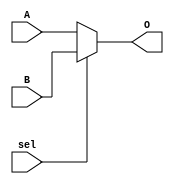
`timescale 1ns / 1ps

module MUX2_1(
    A,
    B,
    sel,
    O
    );
    parameter N = 32;

    input [N-1:0] A;
    input [N-1:0] B;
    input sel;
    output [N-1:0] O;

    assign O = (sel) ? B : A;
endmodule